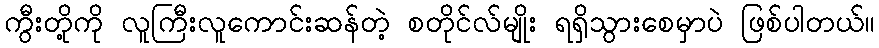
ကွီးတို့ကို လူကြီးလူကောင်းဆန်တဲ့ စတိုင်လ်မျိုး ရရှိသွားစေမှာပဲ ဖြစ်ပါတယ်။